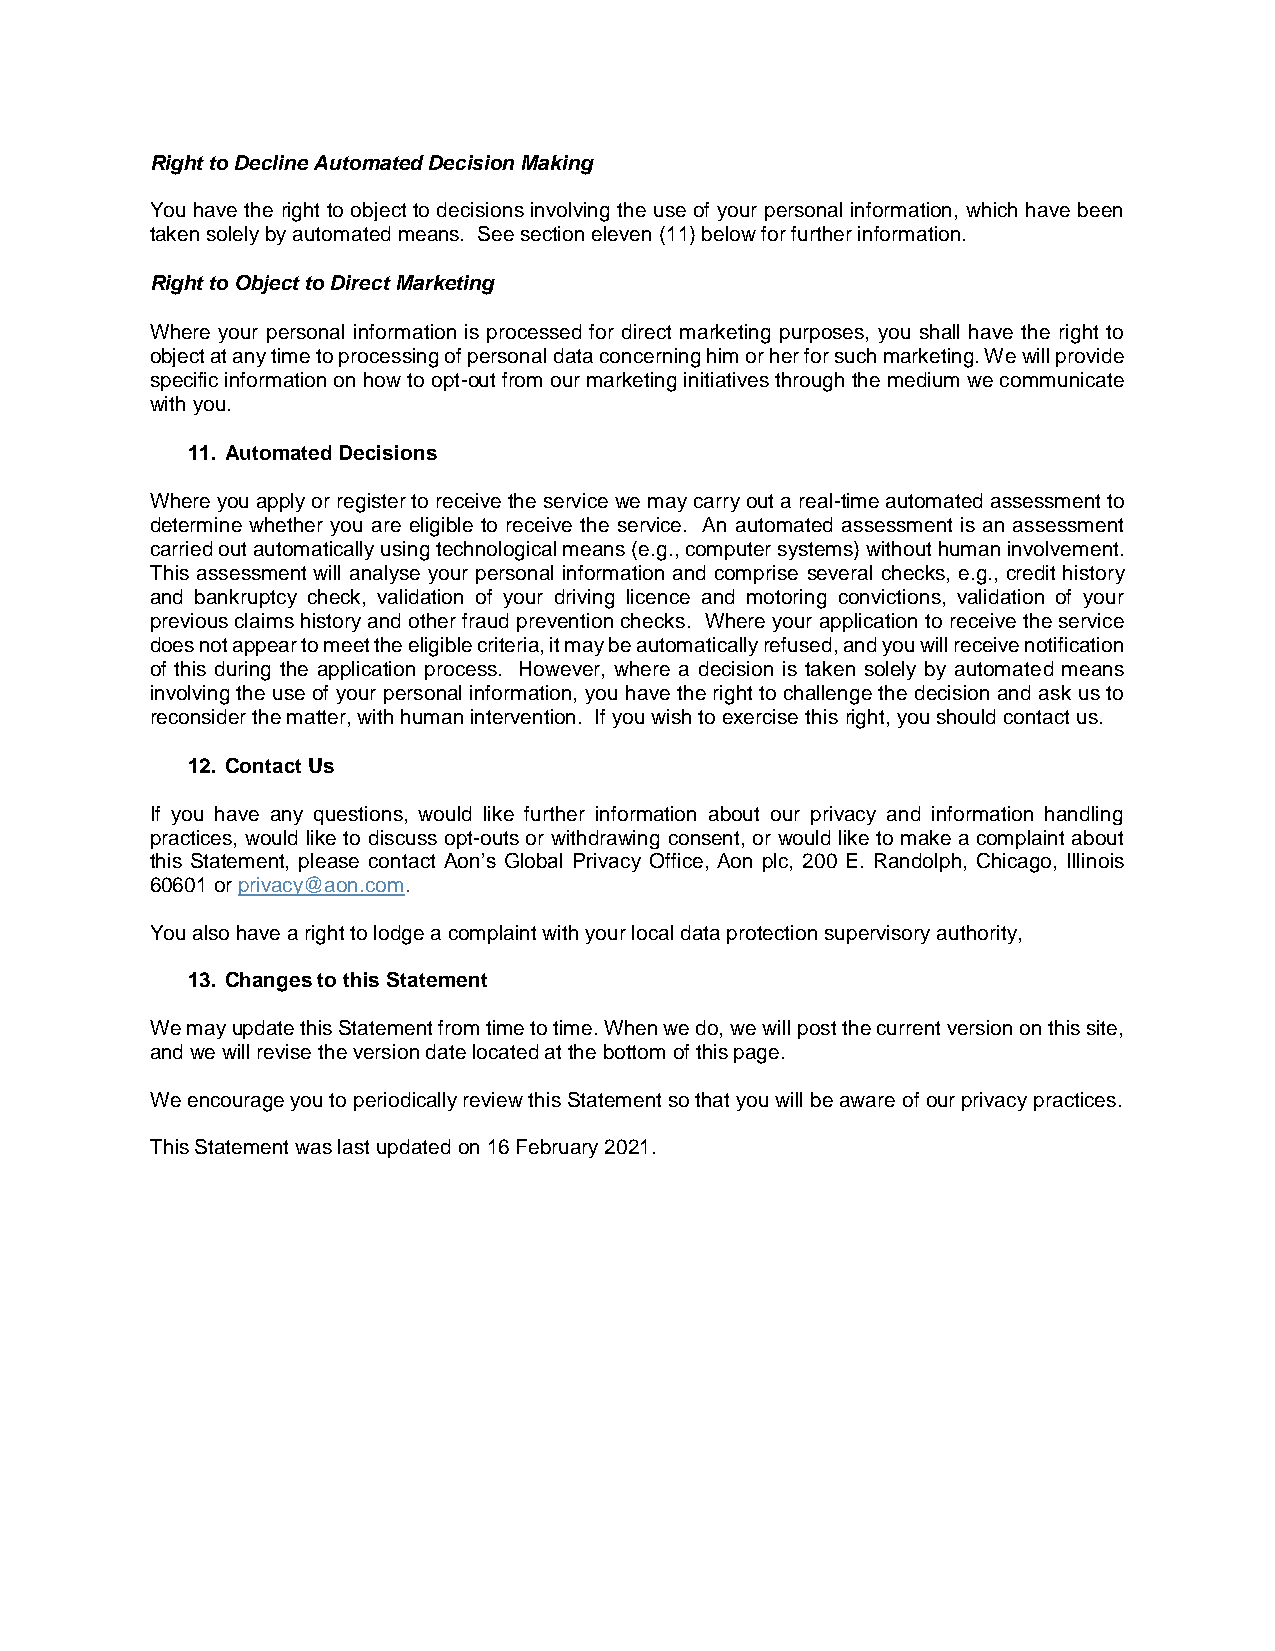
Right to Decline Automated Decision Making
 You have the right to object to decisions involving the use of your personal information, which have been
 taken solely by automated means. See section eleven (11) below for further information.
 Right to Object to Direct Marketing
 Where your personal information is processed for direct marketing purposes, you shall have the right to
 object at any time to processing of personal data concerning him or her for such marketing. We will provide
 specific information on how to opt-out from our marketing initiatives through the medium we communicate
 with you.
 11. Automated Decisions
 Where you apply or register to receive the service we may carry out a real-time automated assessment to
 determine whether you are eligible to receive the service. An automated assessment is an assessment
 carried out automatically using technological means (e.g., computer systems) without human involvement.
 This assessment will analyse your personal information and comprise several checks, e.g., credit history
 and bankruptcy check, validation of your driving licence and motoring convictions, validation of your
 previous claims history and other fraud prevention checks. Where your application to receive the service
 does not appear to meet the eligible criteria, it may be automatically refused, and you will receive notification
 of this during the application process. However, where a decision is taken solely by automated means
 involving the use of your personal information, you have the right to challenge the decision and ask us to
 reconsider the matter, with human intervention. If you wish to exercise this right, you should contact us.
 12. Contact Us
 If you have any questions, would like further information about our privacy and information handling
 practices, would like to discuss opt-outs or withdrawing consent, or would like to make a complaint about
 this Statement, please contact Aon’s Global Privacy Office, Aon plc, 200 E. Randolph, Chicago, Illinois
 60601 or privacy@aon.com.
 You also have a right to lodge a complaint with your local data protection supervisory authority,
 13. Changes to this Statement
 We may update this Statement from time to time. When we do, we will post the current version on this site,
 and we will revise the version date located at the bottom of this page.
 We encourage you to periodically review this Statement so that you will be aware of our privacy practices.
 This Statement was last updated on 16 February 2021.